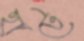
হাটে